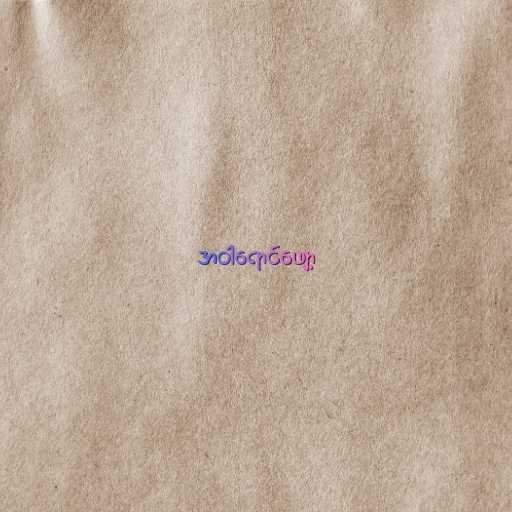
အဝါရောင်ဖျော့